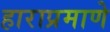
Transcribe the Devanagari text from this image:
हाराप्रमाणे